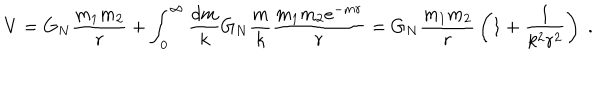
V = G _ { N } { \frac { m _ { 1 } m _ { 2 } } { r } } + \int _ { 0 } ^ { \infty } { \frac { d m } { k } } G _ { N } { \frac { m } { k } } { \frac { m _ { 1 } m _ { 2 } e ^ { - m r } } { r } } = G _ { N } { \frac { m _ { 1 } m _ { 2 } } { r } } \left( 1 + { \frac { 1 } { k ^ { 2 } r ^ { 2 } } } \right) \; .